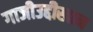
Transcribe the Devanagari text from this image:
गाजीउद्दीखान